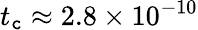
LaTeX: t_{\mathtt{c}}\approx2.8\times10^{-10}